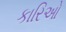
કારિઓ